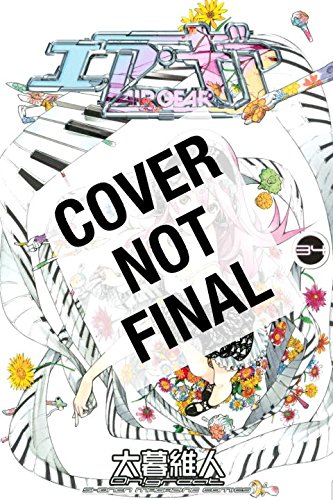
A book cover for Air Gear 34; Oh!Great; Comics & Graphic Novels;